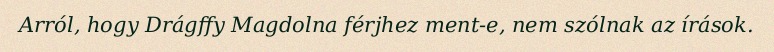
Arról, hogy Drágffy Magdolna férjhez ment-e, nem szólnak az írások.